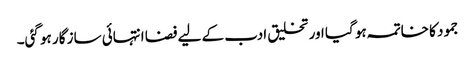
جمود کا خاتمہ ہو گیا اور تخلیق ادب کے لیے فضا انتہائی ساز گار ہو گئی۔